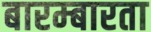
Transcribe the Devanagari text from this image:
बारम्‍बारता